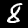
Label: 8